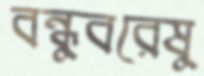
বন্ধুবরেষু